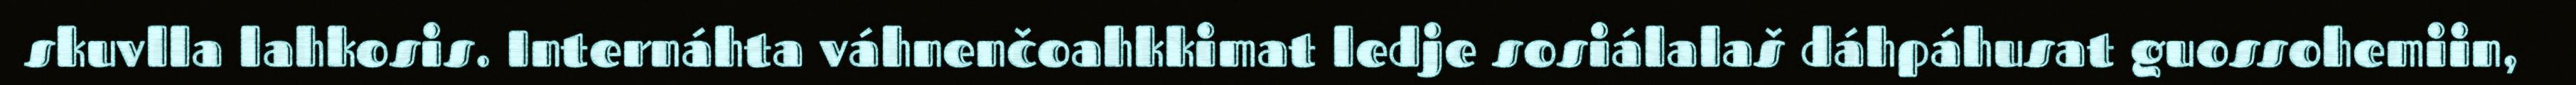
skuvlla lahkosis. Internáhta váhnenčoahkkimat ledje sosiálalaš dáhpáhusat guossohemiin,